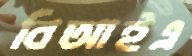
বিআইএ